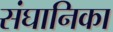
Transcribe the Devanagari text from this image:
संघानिका